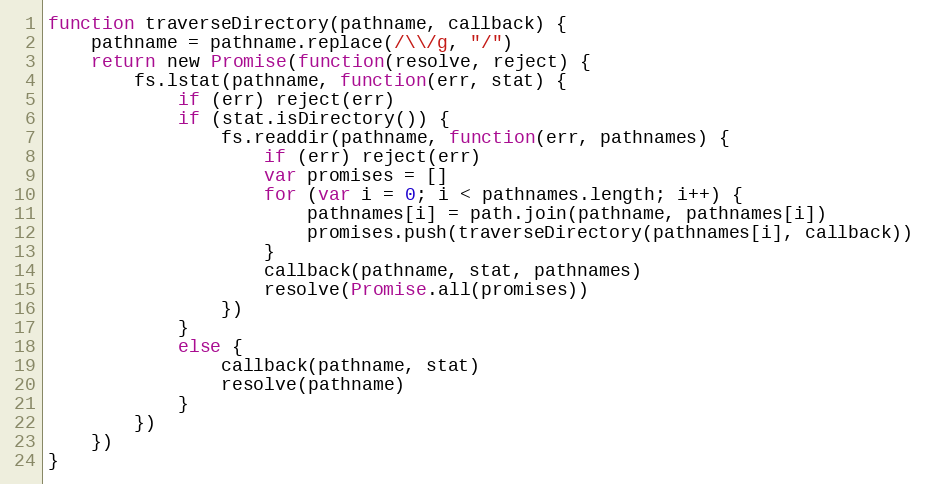
Language: JavaScript
function traverseDirectory(pathname, callback) {
	pathname = pathname.replace(/\\/g, "/")
	return new Promise(function(resolve, reject) {
		fs.lstat(pathname, function(err, stat) {
			if (err) reject(err)
			if (stat.isDirectory()) {
				fs.readdir(pathname, function(err, pathnames) {
					if (err) reject(err)
					var promises = []
					for (var i = 0; i < pathnames.length; i++) {
						pathnames[i] = path.join(pathname, pathnames[i])
						promises.push(traverseDirectory(pathnames[i], callback))
					}
					callback(pathname, stat, pathnames)
					resolve(Promise.all(promises))
				})
			}
			else {
				callback(pathname, stat)
				resolve(pathname)
			}
		})
	})
}